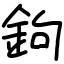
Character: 鉤